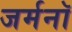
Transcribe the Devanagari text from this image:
जर्मनॉ